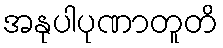
အနုပါပုဏာတူတိ